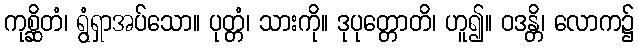
ကုစ္ဆိတံ၊ ရွံရှာအပ်သော။ ပုတ္တံ၊ သားကို။ ဒုပုတ္တောတိ၊ ဟူ၍။ ဝဒန္တိ၊ လောက၌